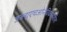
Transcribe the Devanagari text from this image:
डब्‍ल्‍यूएचओनेविकासशील